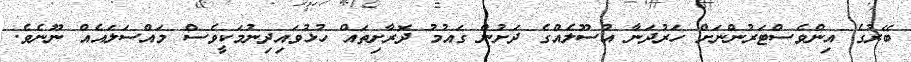
ބޭރުގެ އިންވެސްޓަރުންނަށް ހަރުދަނާ އުސޫލެއްގެ ދަށުން ގައުމު ދޮރާށިތައް ހުޅުވައިދިނުމަކީވެސް މައްސަލައެއް ނޫނެވެ.